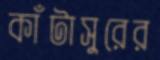
কাঁটাসুরের